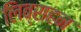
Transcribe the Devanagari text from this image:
लिब्राहन